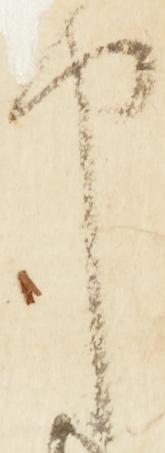
申